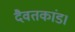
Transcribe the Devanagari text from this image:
दैवतकांड।